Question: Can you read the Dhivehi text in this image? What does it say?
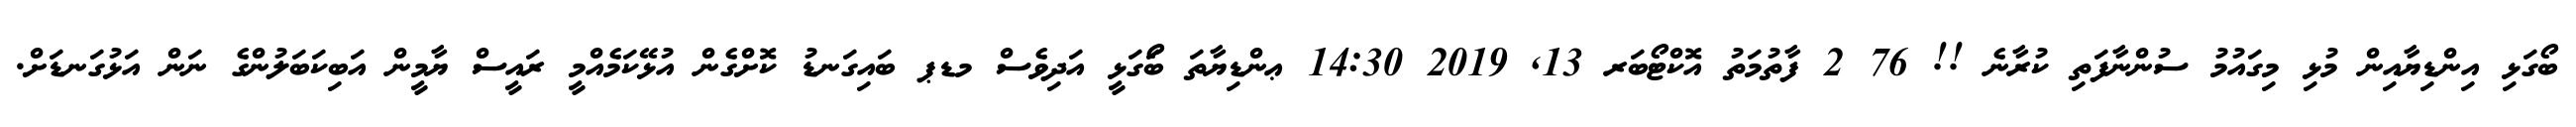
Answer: ބޯގަޅި އިންޑިޔާއިން މުޅި މިގައުމު ސުންނާފަތި ކުރާނެ !! 76 2 ފާތުމަތު އޮކްޓޯބަރ 13, 2019 14:30 ޢންޑިޔާތަ ބޯަގަޅީ އަދިވެސް މޑޕ ބައިގަނޑު ކޮށްގެން އުޅޭކަމެއްމީ ރައީސް ޔާމީން އަބިކަބަލުންގެ ނަން އަޅުގަނޑަށް.